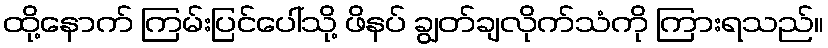
ထို့နောက် ကြမ်းပြင်ပေါ်သို့ ဖိနပ် ချွတ်ချလိုက်သံကို ကြားရသည်။